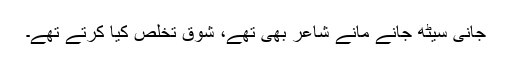
جانی سیٹھ جانے مانے شاعر بھی تھے، شوقؔ تخلص کیا کرتے تھے۔